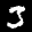
Label: 3